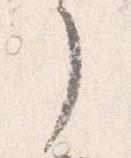
了